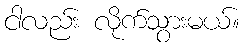
ငါလည်း လိုက်သွားမယ်။